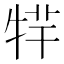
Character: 𤙢